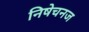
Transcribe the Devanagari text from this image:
निषेचनज